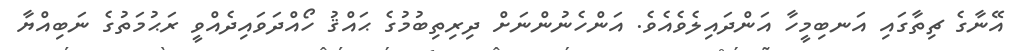
އޭނާގެ ޗިތާގައި އަނބިމީހާ އަންދައިލެވެއެވެ. އަންހެނުންނަށް ދިރިތިބުމުގެ ޙައްޤު ހޯއްދަވައިދެއްވީ ރަޙުމަތުގެ ނަބިއްޔާ